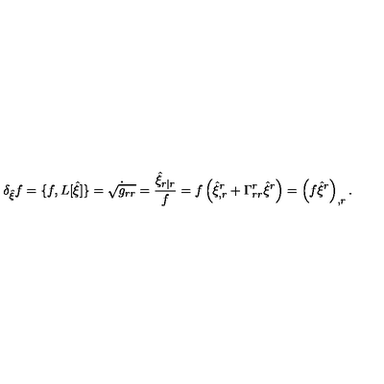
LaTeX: \delta _ { \hat { \xi } } f = \{ f , L [ \hat { \xi } ] \} = \dot { \sqrt { g _ { r r } } } = \frac { \hat { \xi } _ { r | r } } { f } = f \left( \hat { \xi } _ { , r } ^ { r } + \Gamma _ { r r } ^ { r } \hat { \xi } ^ { r } \right) = \left( f \hat { \xi } ^ { r } \right) _ { , r } .